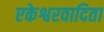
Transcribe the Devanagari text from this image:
एकेश्वरवादिता